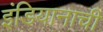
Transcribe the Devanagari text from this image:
इंडियानाची